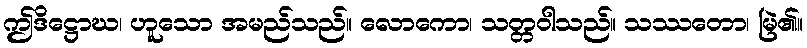
ဤဒိဋ္ဌောဃ၊ ဟူသော အမည်သည်။ လောကော၊ သတ္တဝါသည်။ သဿတော၊ မြဲ၏။